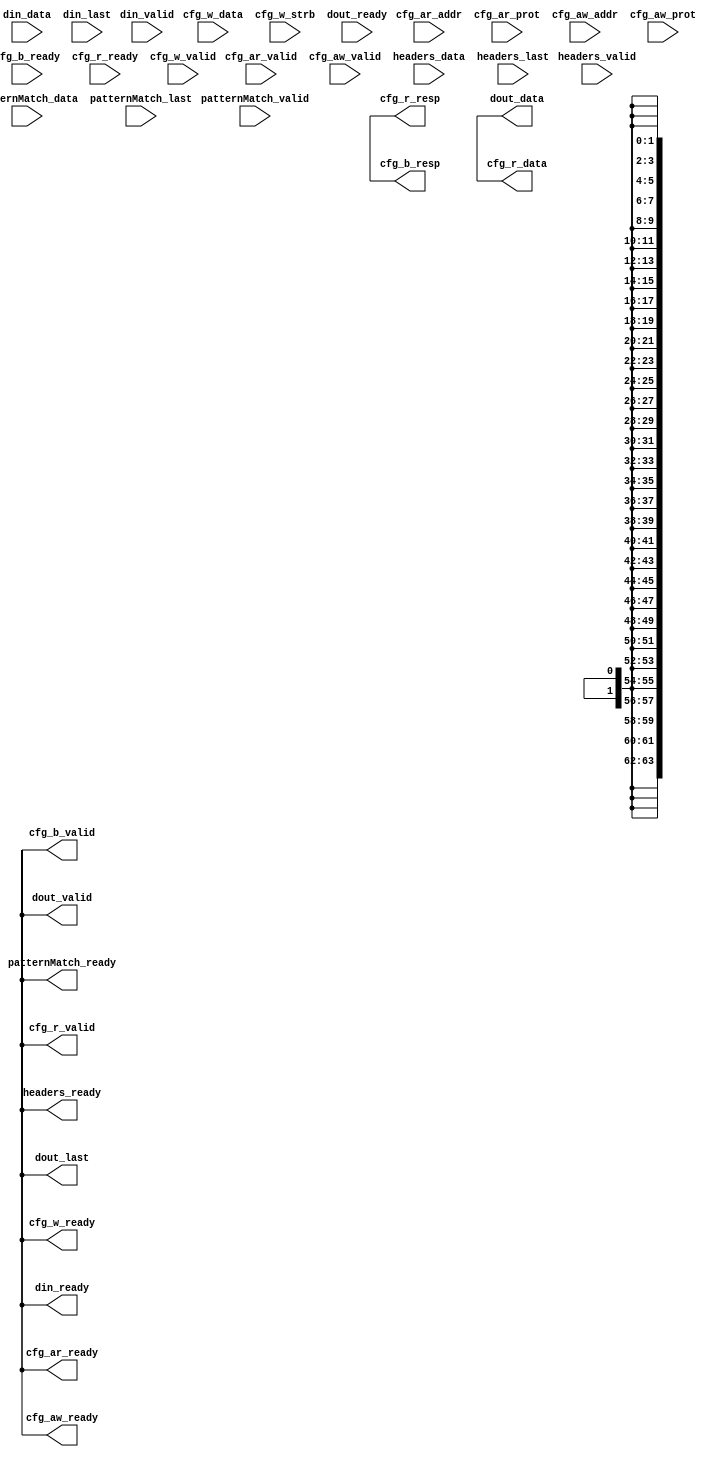
module Filter (
    input wire[31:0] cfg_ar_addr,
    input wire[2:0] cfg_ar_prot,
    output wire cfg_ar_ready,
    input wire cfg_ar_valid,
    input wire[31:0] cfg_aw_addr,
    input wire[2:0] cfg_aw_prot,
    output wire cfg_aw_ready,
    input wire cfg_aw_valid,
    input wire cfg_b_ready,
    output wire[1:0] cfg_b_resp,
    output wire cfg_b_valid,
    output wire[63:0] cfg_r_data,
    input wire cfg_r_ready,
    output wire[1:0] cfg_r_resp,
    output wire cfg_r_valid,
    input wire[63:0] cfg_w_data,
    output wire cfg_w_ready,
    input wire[7:0] cfg_w_strb,
    input wire cfg_w_valid,
    input wire[63:0] din_data,
    input wire din_last,
    output wire din_ready,
    input wire din_valid,
    output wire[63:0] dout_data,
    output wire dout_last,
    input wire dout_ready,
    output wire dout_valid,
    input wire[63:0] headers_data,
    input wire headers_last,
    output wire headers_ready,
    input wire headers_valid,
    input wire[63:0] patternMatch_data,
    input wire patternMatch_last,
    output wire patternMatch_ready,
    input wire patternMatch_valid
);
    assign cfg_ar_ready = 1'bx;
    assign cfg_aw_ready = 1'bx;
    assign cfg_b_resp = 2'bxx;
    assign cfg_b_valid = 1'bx;
    assign cfg_r_data = 64'bxxxxxxxxxxxxxxxxxxxxxxxxxxxxxxxxxxxxxxxxxxxxxxxxxxxxxxxxxxxxxxxx;
    assign cfg_r_resp = 2'bxx;
    assign cfg_r_valid = 1'bx;
    assign cfg_w_ready = 1'bx;
    assign din_ready = 1'bx;
    assign dout_data = 64'bxxxxxxxxxxxxxxxxxxxxxxxxxxxxxxxxxxxxxxxxxxxxxxxxxxxxxxxxxxxxxxxx;
    assign dout_last = 1'bx;
    assign dout_valid = 1'bx;
    assign headers_ready = 1'bx;
    assign patternMatch_ready = 1'bx;
endmodule